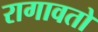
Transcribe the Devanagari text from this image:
रागावतो